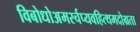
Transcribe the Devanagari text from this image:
विबोधोअमर्स्चप्यवहित्थमदोग्रता